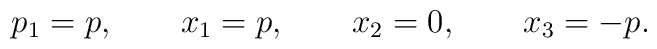
p_1=p, \qquad x_1=p, \qquad x_2=0,  \qquad x_3=-p.